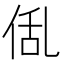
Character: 𠉗